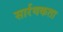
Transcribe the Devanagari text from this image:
सार्रथकता